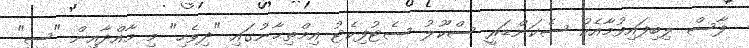
ފާސް ލިބިފައިވުމާއެކު ސެކަންޑަރީ ސްކޫލު ސެޓުފިކެޓު އިމްތިޙާނުގައި "ދިވެހި" މި މާއްދާއިން "ސީ"